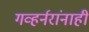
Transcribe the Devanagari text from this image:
गव्हर्नरांनाही